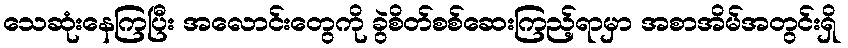
သေဆုံးနေကြပြီး အလောင်းတွေကို ခွဲစိတ်စစ်ဆေးကြည့်ရာမှာ အစာအိမ်အတွင်းရှိ